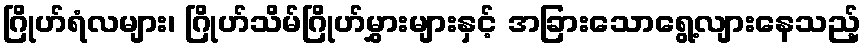
ဂြိုဟ်ရံလများ၊ ဂြိုဟ်သိမ်ဂြိုဟ်မွှားများနှင့် အခြားသောရွေ့လျားနေသည့်